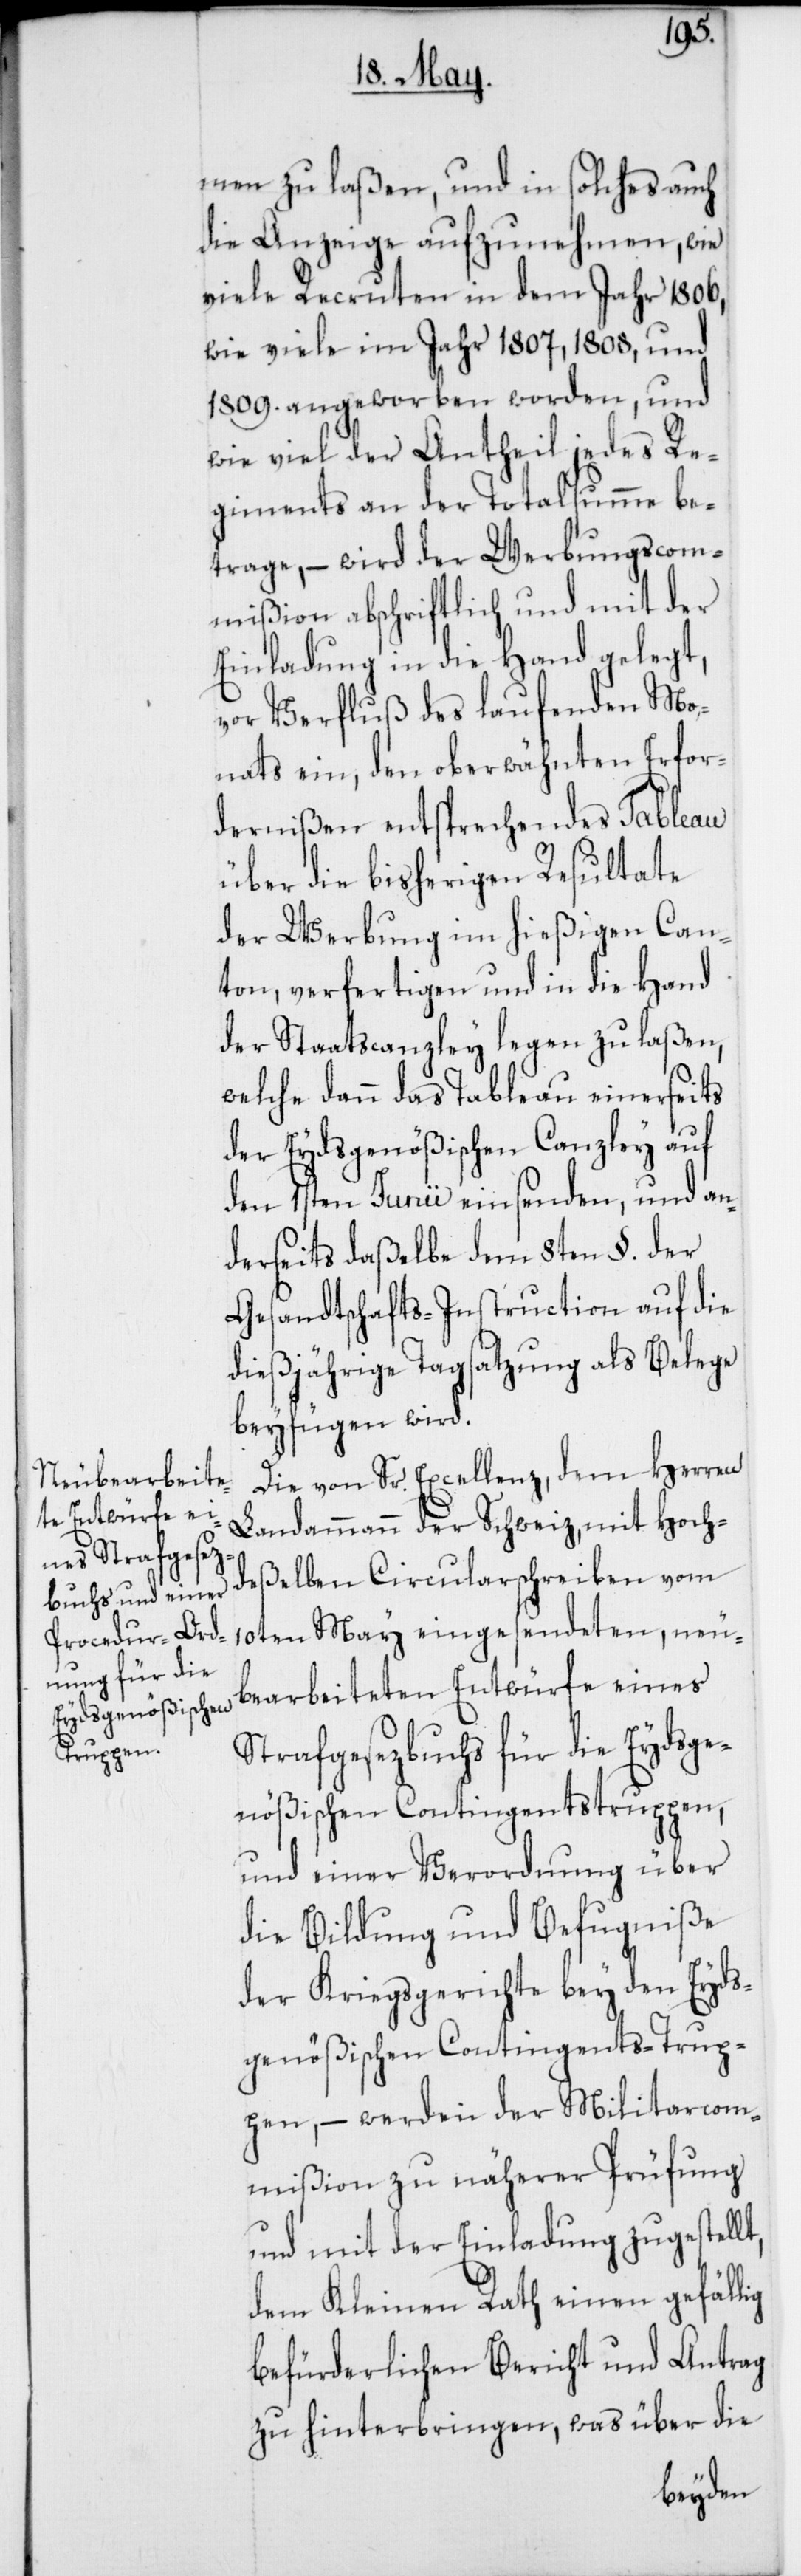
men zu laßen, und in solches auch
die Anzeige aufzunehmen, wie
viele Recruten in dem Jahr 1806,
wie viele im Jahr 1807, 1808, und
1809. angeworben worden, und
wie viel der Antheil jedes Re¬
giments an der Totalsumme be¬
trage, – wird der Werbungscom¬
mißion abschriftlich und mit der
Einladung in die Hand gelegt,
vor Verfluß des laufenden Mo¬
nats ein, den ob erwähnten Erfor¬
dernißen entsprechendes Tableau
über die bisherigen Resultate
der Werbung im hießigen Can¬
ton, verfertigen und in die Hand
der Staatscanzley legen zu laßen,
welche dann das Tableau einerseits
der Eydsgenößischen Canzley auf
den 1sten Junii einsenden, und an¬
derseits daßelbe dem 8ten §. der
Gesandtschafts-Instruction auf die
dießjährige Tagsatzung als Belege
beyfügen wird.
Die von Sr. Excellenz, dem Herren
Landammann der Schweiz, mit Hoch¬
deßelben Circularschreiben vom
10ten May eingesendeten, neu¬
bearbeiteten Entwürfe eines
Strafgesezbuchs für die Eydsge¬
nößischen Contingentstruppen,
und einer Verordnung über
die Bildung und Befugniße
der Kriegsgerichte bey den Eyds¬
genößischen Contingents-Trup¬
pen, – werden der Militarcom¬
mißion zu näherer Prüfung
und mit der Einladung zugestellt,
dem Kleinen Rath einen gefällig
befürderlichen Bericht und Antrag
zu hinterbringen, was über die